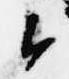
候